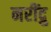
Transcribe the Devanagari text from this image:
नरींद्रु